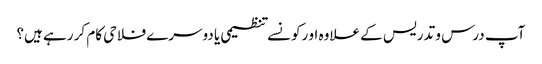
آپ درس و تدریس کے علاوہ او رکونسے تنظیمی یا دوسرے فلاحی کام کر رہے ہیں؟